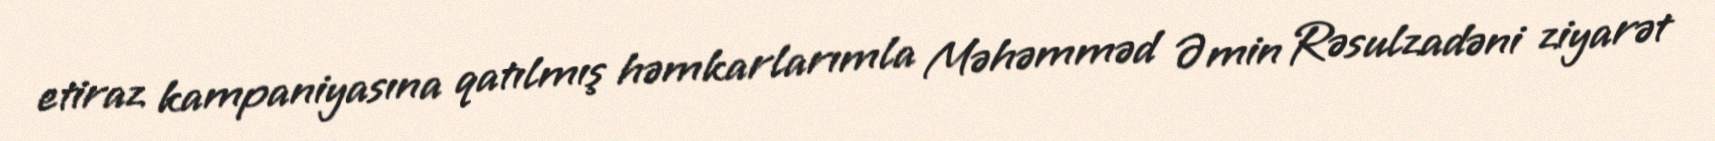
etiraz kampaniyasına qatılmış həmkarlarımla Məhəmməd Əmin Rəsulzadəni ziyarət